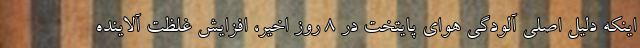
اینکه دلیل اصلی آلودگی هوای پایتخت در ۸ روز اخیر، افزایش غلظت آلاینده